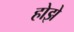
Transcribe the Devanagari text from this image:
होझे